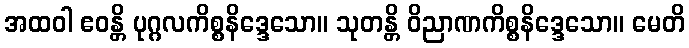
အထဝါ ဧဝန္တိ ပုဂ္ဂလကိစ္စနိဒ္ဒေသော။ သုတန္တိ ဝိညာဏကိစ္စနိဒ္ဒေသော။ မေတိ